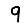
Digit: 9